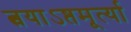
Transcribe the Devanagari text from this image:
त्वयाऽष्तमूर्त्या